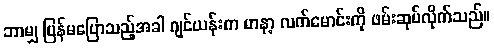
ဘာမျှ ပြန်မပြောသည့်အခါ ဂျင်ယန်းက မာနာ့ လက်မောင်းကို ဖမ်းဆုပ်လိုက်သည်။